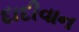
દાદીવાન